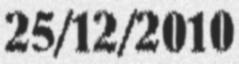
25/12/2010